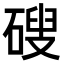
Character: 𥕋